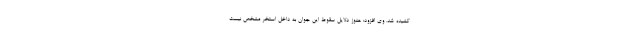
کشیده شد. وی افزود: هنوز دلایل سقوط این جوان به داخل استخر مشخص نیست